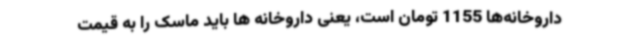
داروخانه‌ها 1155 تومان است، یعنی داروخانه ها باید ماسک را به قیمت